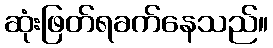
ဆုံးဖြတ်ရခက်နေသည်။